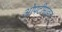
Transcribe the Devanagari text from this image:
ओपटीमाइज